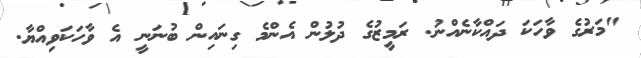
"މަރުގެ ވާހަކަ ދައްކާނެއްނު. ރަމީޒުގެ ދުލުން އެންމެ ގިނައިން ބުނަނީ އެ ވާހަކަވިއްޔާ.